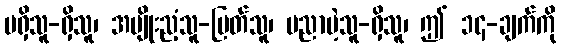
မရှိသူ-ရှိသူ၊ အမျိုးညံ့သူ-မြတ်သူ၊ ပညာမဲ့သူ-ရှိသူ၊ ဤ ၁၄-ချက်ကို